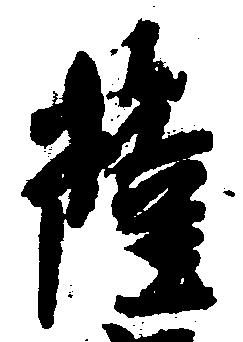
薩